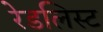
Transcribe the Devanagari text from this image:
रेडलिस्ट